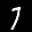
Label: 7